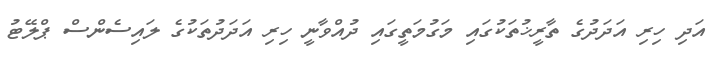
އަދި ހިރި އަދަދުގެ ތާރީޚުތަކުގައި މަގުމަތީގައި ދުއްވާނީ ހިރި އަދަދުތަކުގެ ލައިސެންސް ޕްލޭޓު